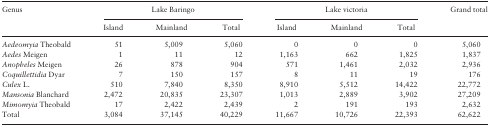
<table><thead><tr><td rowspan="2"><b>Genus</b></td><td colspan="3"><b>Lake Baringo</b></td><td colspan="3"><b>Lake victoria</b></td><td rowspan="2"><b>Grand total</b></td></tr><tr><td><b>Island</b></td><td><b>Mainland</b></td><td><b>Total</b></td><td><b>Island</b></td><td><b>Mainland</b></td><td><b>Total</b></td></tr></thead><tbody><tr><td><i>Aedeomyia</i> Theobald</td><td>51</td><td>5,009</td><td>5,060</td><td>0</td><td>0</td><td>0</td><td>5,060</td></tr><tr><td><i>Aedes</i> Meigen</td><td>1</td><td>11</td><td>12</td><td>1,163</td><td>662</td><td>1,825</td><td>1,837</td></tr><tr><td><i>Anopheles</i> Meigen</td><td>26</td><td>878</td><td>904</td><td>571</td><td>1,461</td><td>2,032</td><td>2,936</td></tr><tr><td><i>Coquillettidia</i> Dyar</td><td>7</td><td>150</td><td>157</td><td>8</td><td>11</td><td>19</td><td>176</td></tr><tr><td><i>Culex</i> L.</td><td>510</td><td>7,840</td><td>8,350</td><td>8,910</td><td>5,512</td><td>14,422</td><td>22,772</td></tr><tr><td><i>Mansonia</i> Blanchard</td><td>2,472</td><td>20,835</td><td>23,307</td><td>1,013</td><td>2,889</td><td>3,902</td><td>27,209</td></tr><tr><td><i>Mimomyia</i> Theobald</td><td>17</td><td>2,422</td><td>2,439</td><td>2</td><td>191</td><td>193</td><td>2,632</td></tr><tr><td>Total</td><td>3,084</td><td>37,145</td><td>40,229</td><td>11,667</td><td>10,726</td><td>22,393</td><td>62,622</td></tr></tbody></table>